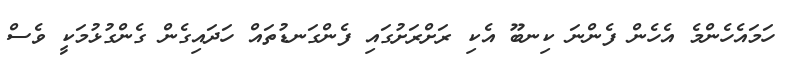
ހަމައެހެންމެ އެހެން ފެންނަ ކިނބޫ އެކި ރަށްރަށުގައި ފެންގަނޑުތައް ހަދައިގެން ގެންގުޅުމަކީ ވެސް